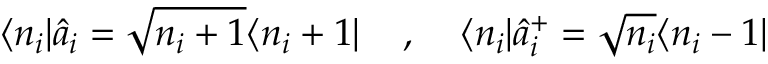
\langle n _ { i } | \hat { a } _ { i } = \sqrt { n _ { i } + 1 } \langle n _ { i } + 1 | \; \; \; \; , \; \; \; \; \langle n _ { i } | \hat { a } _ { i } ^ { + } = \sqrt { n _ { i } } \langle n _ { i } - 1 |